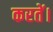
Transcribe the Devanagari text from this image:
करतें।